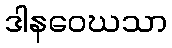
ဒါနဝေဃသာ